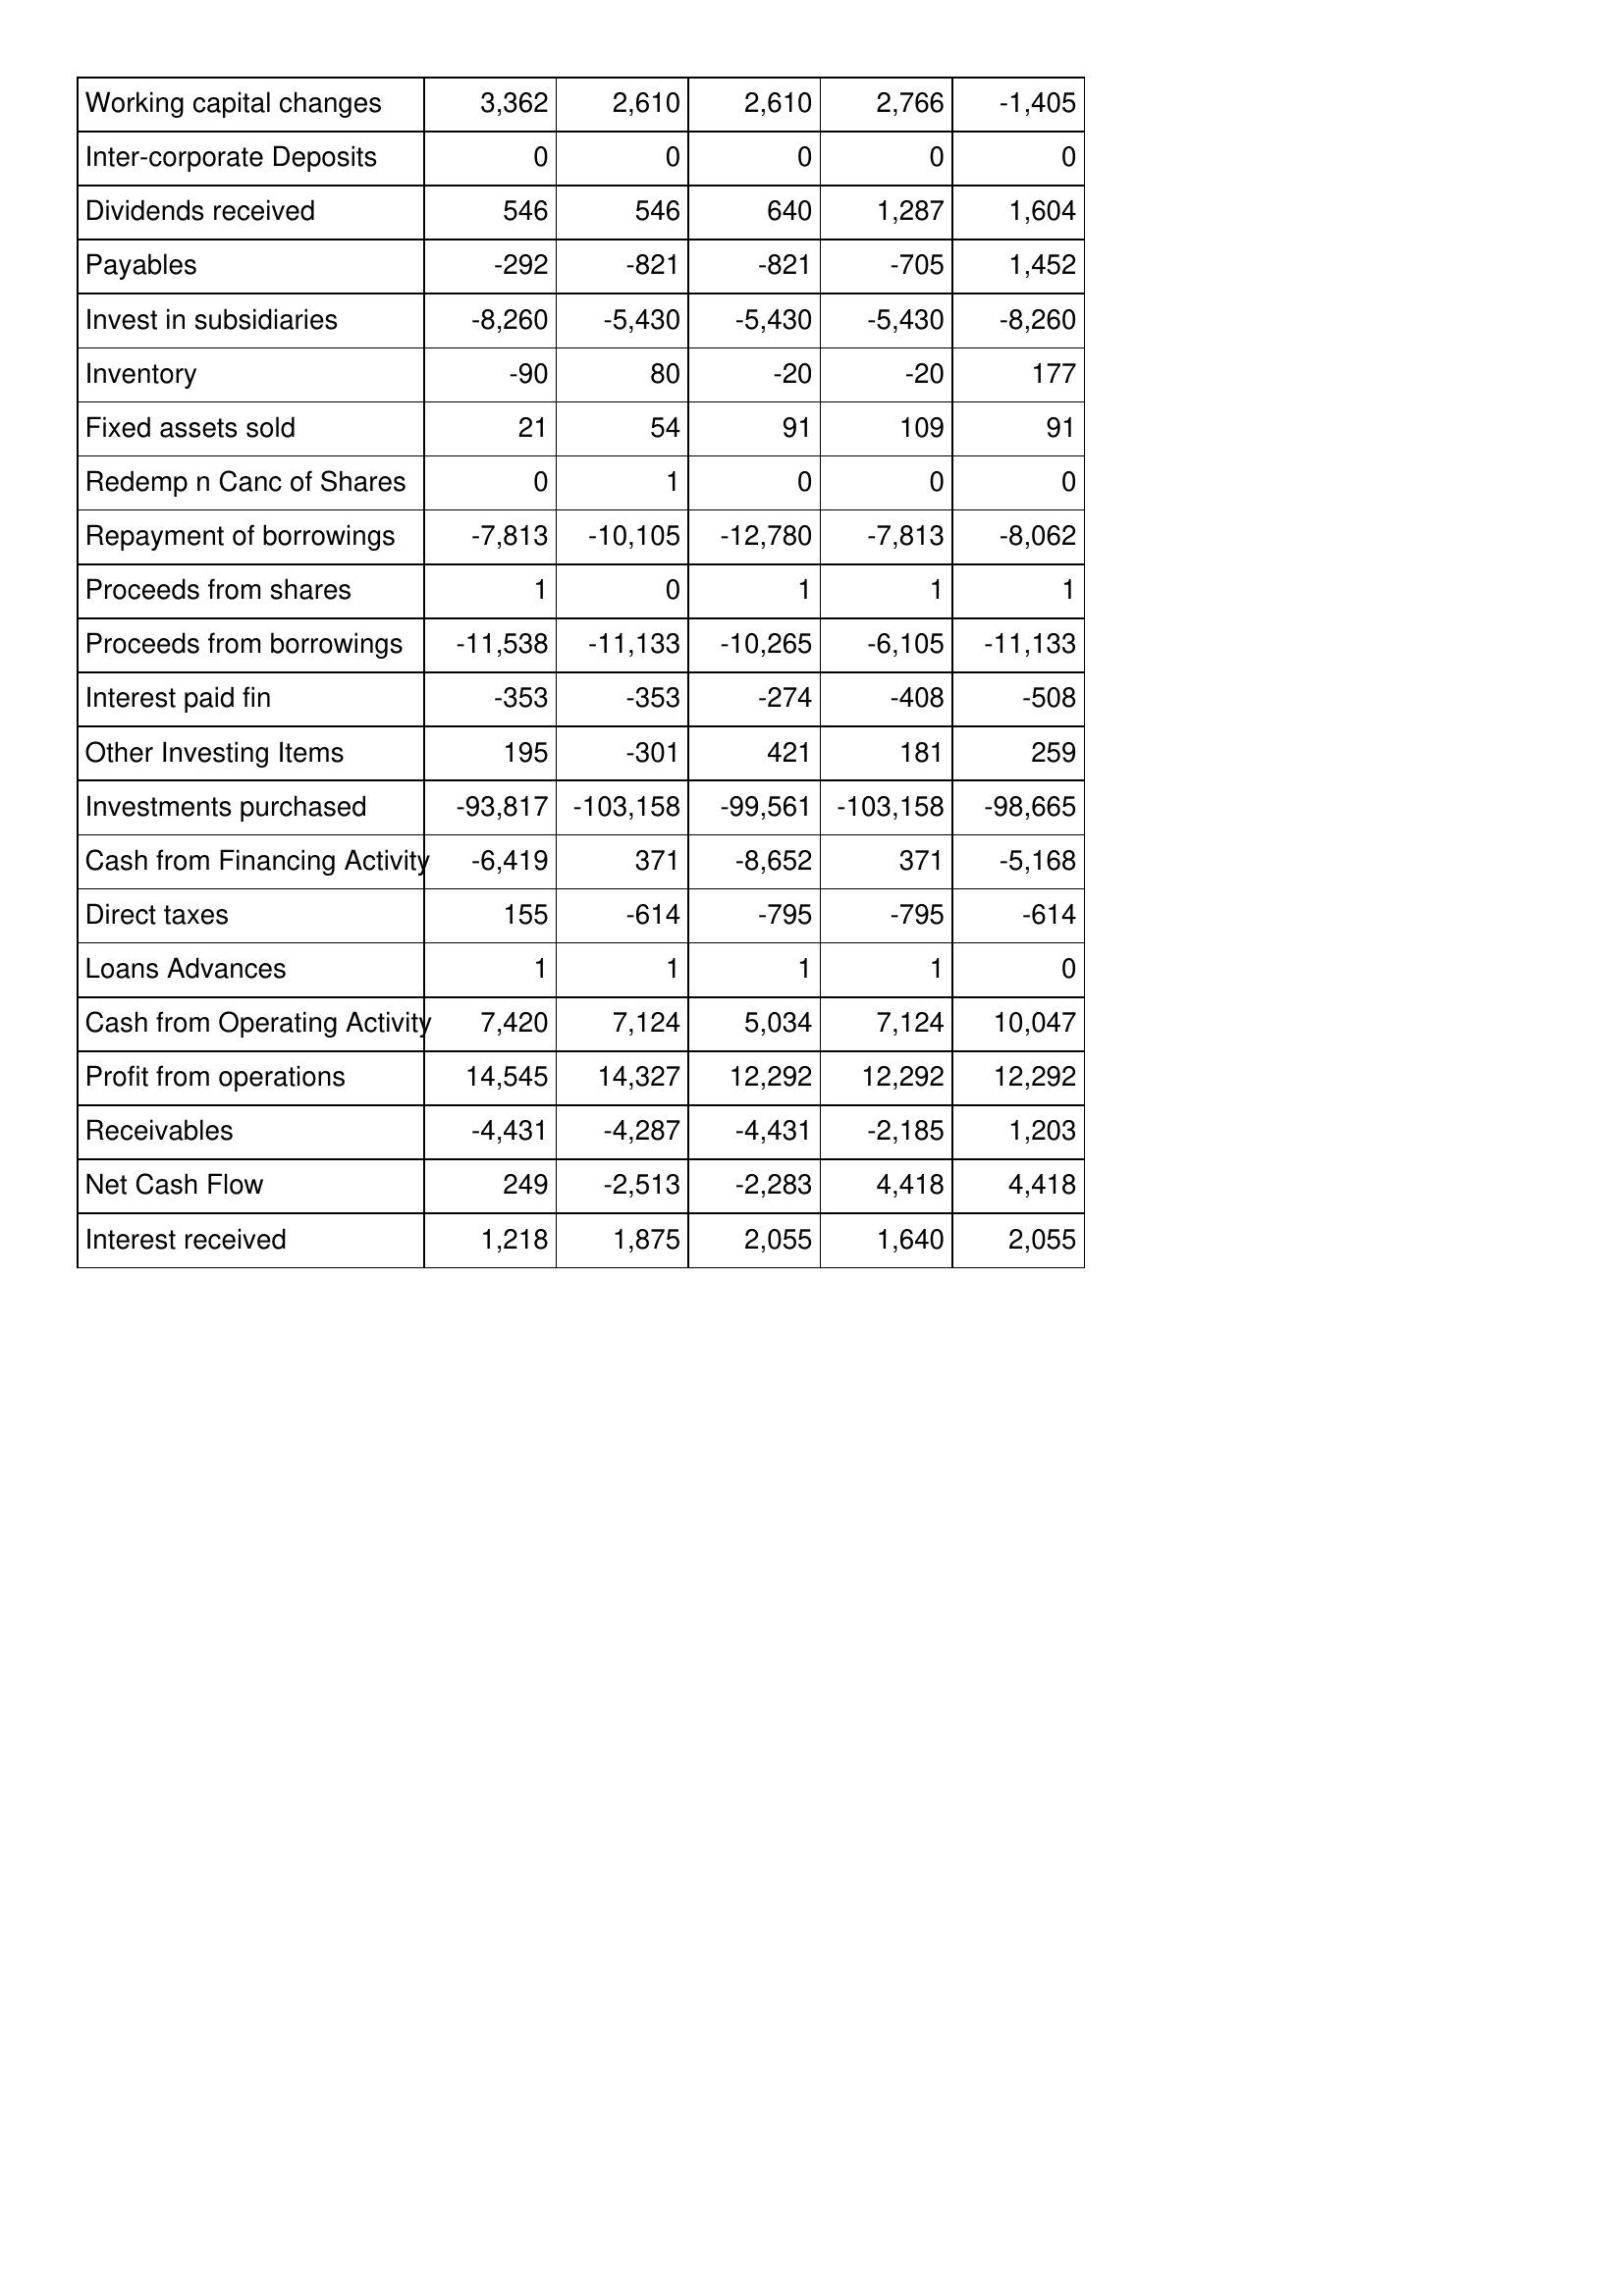
Apr-07: Cash Flows: Working capital changes: 3,362
Inter-corporate Deposits: 0
Dividends received: 546
Payables: -292
Invest in subsidiaries: -8,260
Inventory: -90
Fixed assets sold: 21
Redemp n Canc of Shares: 0
Repayment of borrowings: -7,813
Proceeds from shares: 1
Proceeds from borrowings: -11,538
Interest paid fin: -353
Other Investing Items: 195
Investments purchased: -93,817
Cash from Financing Activity: -6,419
Direct taxes: 155
Loans Advances: 1
Cash from Operating Activity: 7,420
Profit from operations: 14,545
Receivables: -4,431
Net Cash Flow: 249
Interest received: 1,218
Apr-06: Cash Flows: Working capital changes: 2,610
Inter-corporate Deposits: 0
Dividends received: 546
Payables: -821
Invest in subsidiaries: -5,430
Inventory: 80
Fixed assets sold: 54
Redemp n Canc of Shares: 1
Repayment of borrowings: -10,105
Proceeds from shares: 0
Proceeds from borrowings: -11,133
Interest paid fin: -353
Other Investing Items: -301
Investments purchased: -103,158
Cash from Financing Activity: 371
Direct taxes: -614
Loans Advances: 1
Cash from Operating Activity: 7,124
Profit from operations: 14,327
Receivables: -4,287
Net Cash Flow: -2,513
Interest received: 1,875
Apr-05: Cash Flows: Working capital changes: 2,610
Inter-corporate Deposits: 0
Dividends received: 640
Payables: -821
Invest in subsidiaries: -5,430
Inventory: -20
Fixed assets sold: 91
Redemp n Canc of Shares: 0
Repayment of borrowings: -12,780
Proceeds from shares: 1
Proceeds from borrowings: -10,265
Interest paid fin: -274
Other Investing Items: 421
Investments purchased: -99,561
Cash from Financing Activity: -8,652
Direct taxes: -795
Loans Advances: 1
Cash from Operating Activity: 5,034
Profit from operations: 12,292
Receivables: -4,431
Net Cash Flow: -2,283
Interest received: 2,055
Apr-04: Cash Flows: Working capital changes: 2,766
Inter-corporate Deposits: 0
Dividends received: 1,287
Payables: -705
Invest in subsidiaries: -5,430
Inventory: -20
Fixed assets sold: 109
Redemp n Canc of Shares: 0
Repayment of borrowings: -7,813
Proceeds from shares: 1
Proceeds from borrowings: -6,105
Interest paid fin: -408
Other Investing Items: 181
Investments purchased: -103,158
Cash from Financing Activity: 371
Direct taxes: -795
Loans Advances: 1
Cash from Operating Activity: 7,124
Profit from operations: 12,292
Receivables: -2,185
Net Cash Flow: 4,418
Interest received: 1,640
Apr-03: Cash Flows: Working capital changes: -1,405
Inter-corporate Deposits: 0
Dividends received: 1,604
Payables: 1,452
Invest in subsidiaries: -8,260
Inventory: 177
Fixed assets sold: 91
Redemp n Canc of Shares: 0
Repayment of borrowings: -8,062
Proceeds from shares: 1
Proceeds from borrowings: -11,133
Interest paid fin: -508
Other Investing Items: 259
Investments purchased: -98,665
Cash from Financing Activity: -5,168
Direct taxes: -614
Loans Advances: 0
Cash from Operating Activity: 10,047
Profit from operations: 12,292
Receivables: 1,203
Net Cash Flow: 4,418
Interest received: 2,055